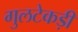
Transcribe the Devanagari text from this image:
गुलटेकड़ी